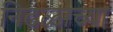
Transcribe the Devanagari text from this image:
निढळाच्या